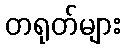
တရုတ်များ